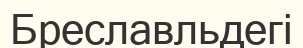
Бреславльдегі